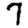
Digit: 7